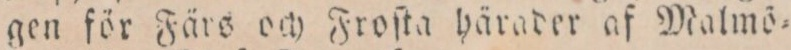
gen för Färs och Froſta härader af Malmö=